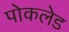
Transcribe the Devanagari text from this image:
पोकलेड